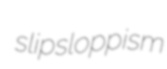
slipsloppism